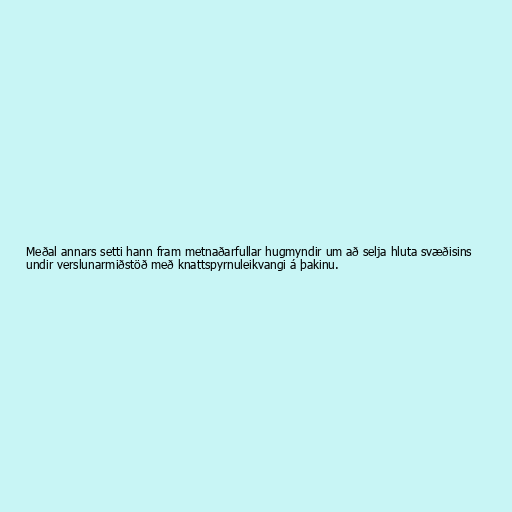
Meðal annars setti hann fram metnaðarfullar hugmyndir um að selja hluta svæðisins
undir verslunarmiðstöð með knattspyrnuleikvangi á þakinu.